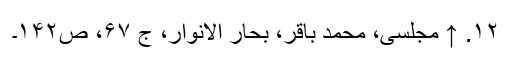
۱۲. ↑ مجلسی، محمد باقر، بحار الانوار، ج‌ ۶۷، ص‌۱۴۲۔